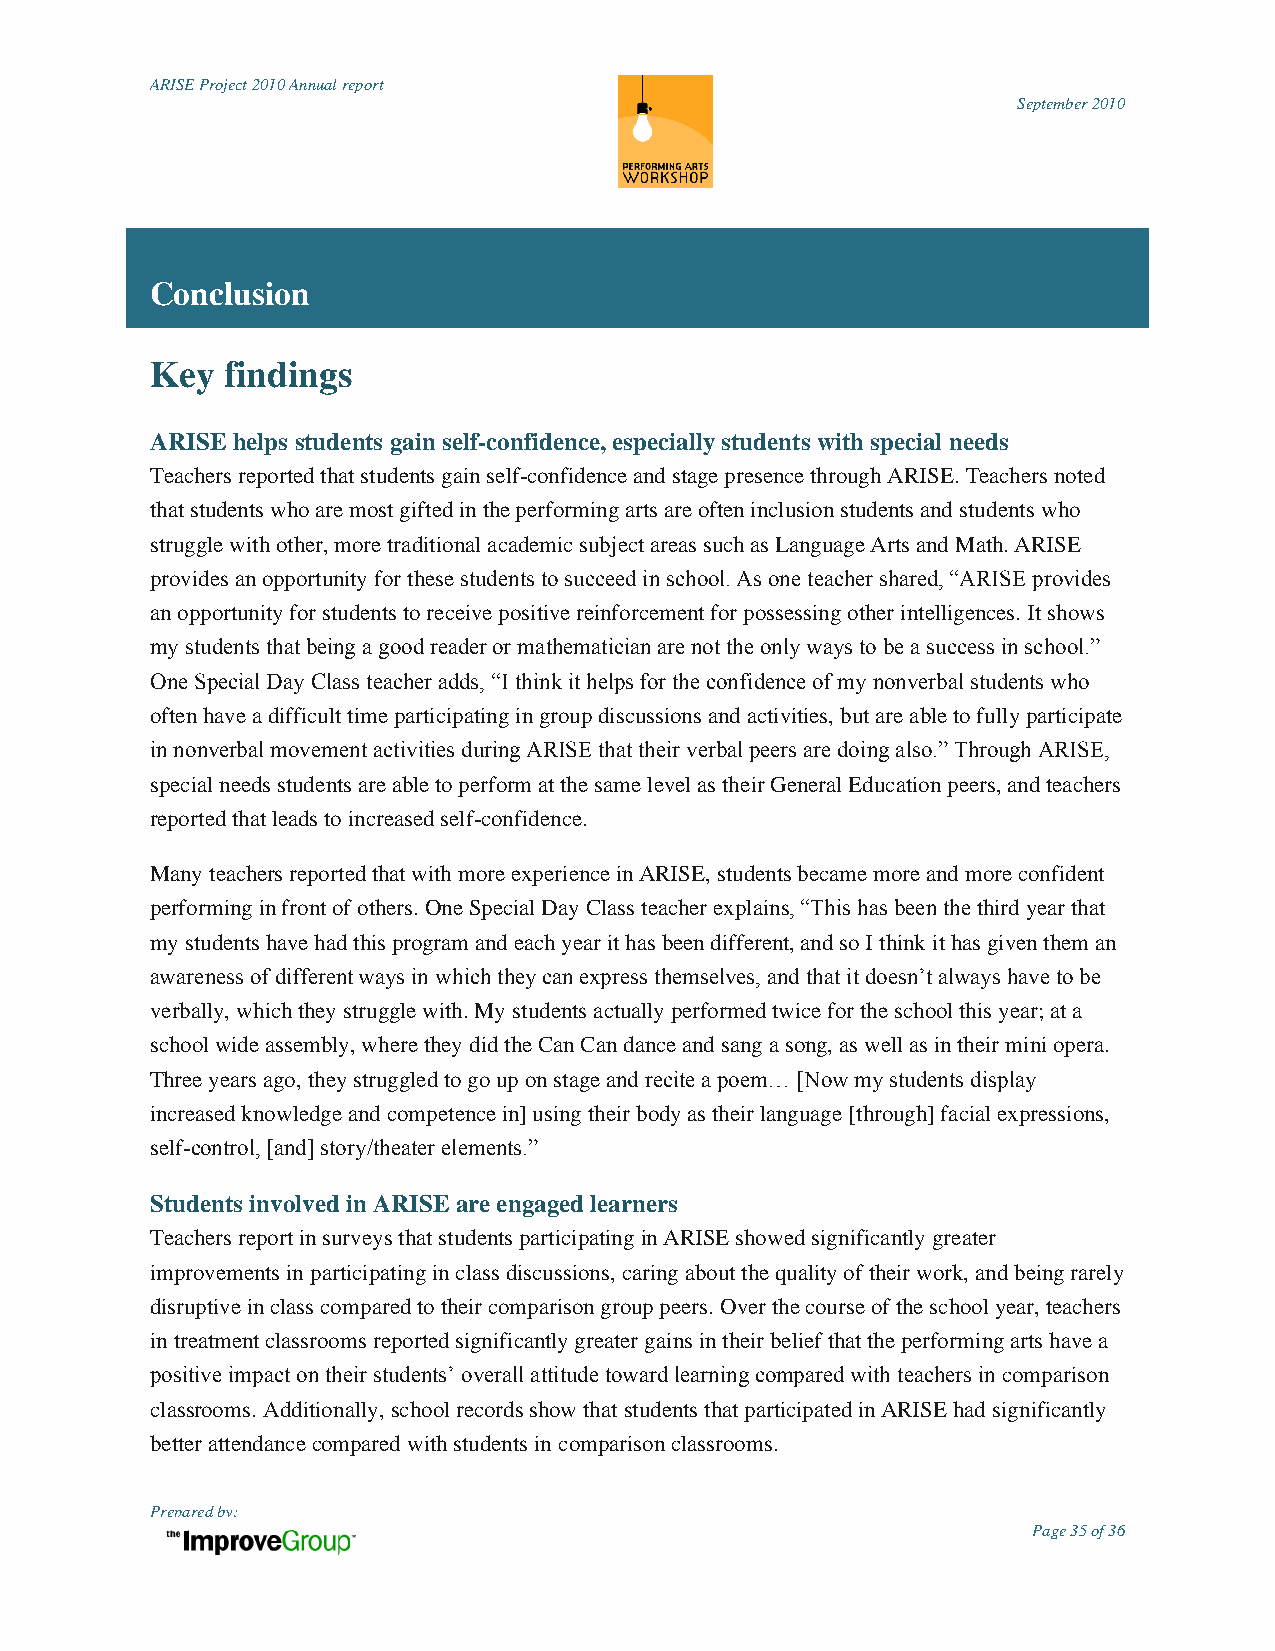
ARISE Project 2010 Annual report
 September 2010
 Conclusion
 Key  findings
 ARISE helps students gain self-confidence, especially students with special needs
 Teachers reported that students gain self-confidence and stage presence through ARISE. Teachers noted
 that students who are most gifted in the performing arts are often inclusion students and students who
 struggle with other, more traditional academic subject areas such as Language Arts and Math. ARISE
 provides an opportunity for these students to succeed in school. As one teacher shared, “ARISE provides
 an opportunity for students to receive positive reinforcement for possessing other intelligences. It shows
 my students that being a good reader or mathematician are not the only ways to be a success in school.”
 One Special Day Class teacher adds, “I think it helps for the confidence of my nonverbal students who
 often have a difficult time participating in group discussions and activities, but are able to fully participate
 in nonverbal movement activities during ARISE that their verbal peers are doing also.” Through ARISE,
 special needs students are able to perform at the same level as their General Education peers, and teachers
 reported that leads to increased self-confidence.
 Many teachers reported that with more experience in ARISE, students became more and more confident
 performing in front of others. One Special Day Class teacher explains, “This has been the third year that
 my students have had this program and each year it has been different, and so I think it has given them an
 awareness of different ways in which they can express themselves, and that it doesn‟t always have to be
 verbally, which they struggle with. My students actually performed twice for the school this year; at a
 school wide assembly, where they did the Can Can dance and sang a song, as well as in their mini opera.
 Three years ago, they struggled to go up on stage and recite a poem… [Now my students display
 increased knowledge and competence in] using their body as their language [through] facial expressions,
 self-control, [and] story/theater elements.”
 Students involved in ARISE are engaged learners
 Teachers report in surveys that students participating in ARISE showed significantly greater
 improvements in participating in class discussions, caring about the quality of their work, and being rarely
 disruptive in class compared to their comparison group peers. Over the course of the school year, teachers
 in treatment classrooms reported significantly greater gains in their belief that the performing arts have a
 positive impact on their students‟ overall attitude toward learning compared with teachers in comparison
 classrooms. Additionally, school records show that students that participated in ARISE had significantly
 better attendance compared with students in comparison classrooms.
 Prepared by:
 Page 35 of 36